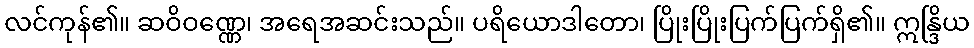
လင်ကုန်၏။ ဆဝိဝဏ္ဏေ၊ အရေအဆင်းသည်။ ပရိယောဒါတော၊ ပြိုးပြိုးပြက်ပြက်ရှိ၏။ ဣန္ဒြိယ